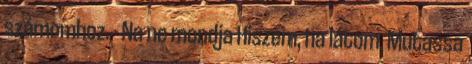
számomhoz. - Na ne mondja Hiszem, ha látom. Mutassa